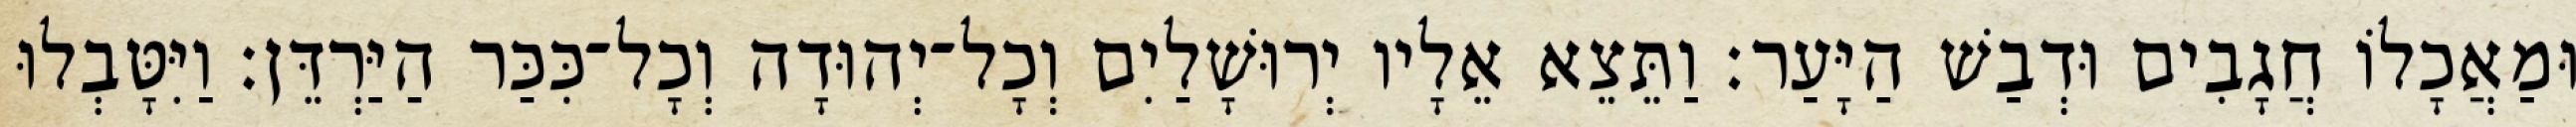
וּמַאֲכָלוֹ חֲגָבִים וּדְבַשׁ הַיָּעַר׃ וַתֵּצֵא אֵלָיו יְרוּשָׁלַיִם וְכָל־יְהוּדָה וְכָל־כִּכַּר הַיַּרְדֵּן׃ וַיִּטָּבְלוּ